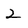
Character: 2